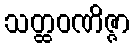
သတ္ထဝဏိဇ္ဇာ